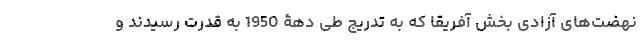
نهضت­های آزادی بخش آفریقا که به تدریج طی دهۀ 1950 به قدرت رسیدند و